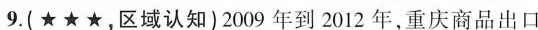
9.(★★★，区域认知)2009年到2012年，重庆商品出口